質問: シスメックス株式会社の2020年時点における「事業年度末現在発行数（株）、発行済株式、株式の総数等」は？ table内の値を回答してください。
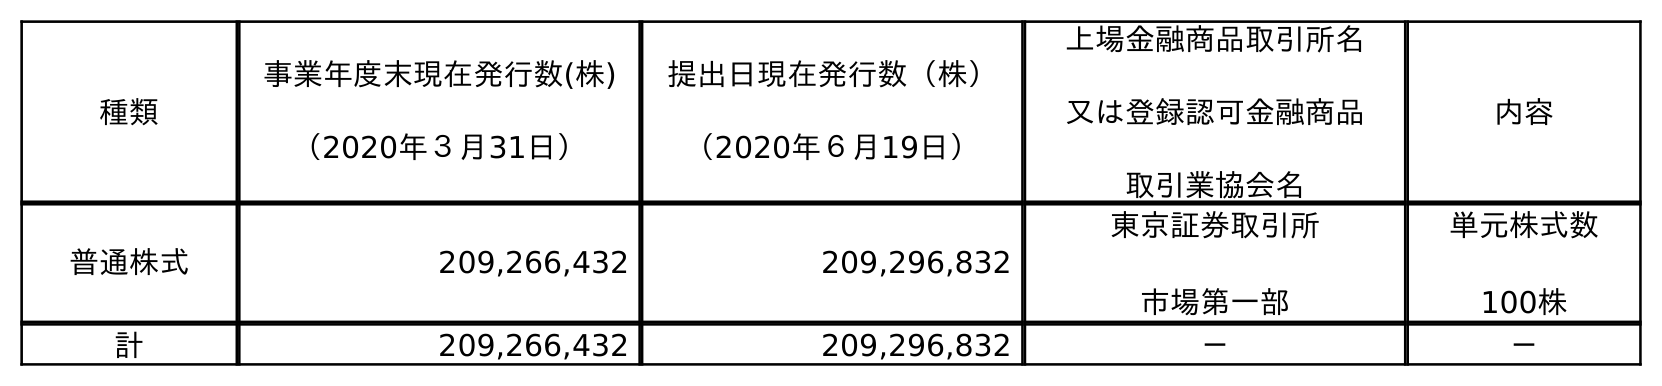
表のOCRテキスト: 種類 事業年度末現在発行数(株) （2020年３月31日） 提出日現在発行数（株） （2020年６月19日） 上場金融商品取引所名 又は登録認可金融商品 取引業協会名 内容 普通株式 209,266,432 209,296,832 東京証券取引所 市場第一部 単元株式数 100株 計 209,266,432 209,296,832 － －
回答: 209,266,432